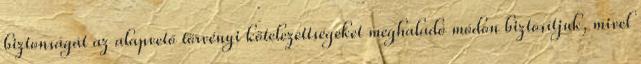
biztonságát az alapvető törvényi kötelezettségeket meghaladó módon biztosítjuk, mivel